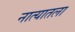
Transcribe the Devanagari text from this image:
नात्यातला